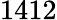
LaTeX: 1412